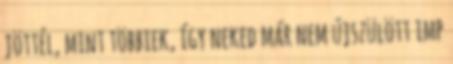
jöttél, mint többiek, így neked már nem újszülött imp